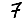
Digit: 7